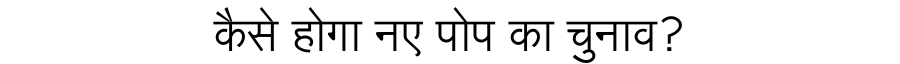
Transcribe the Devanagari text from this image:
कैसे होगा नए पोप का चुनाव?